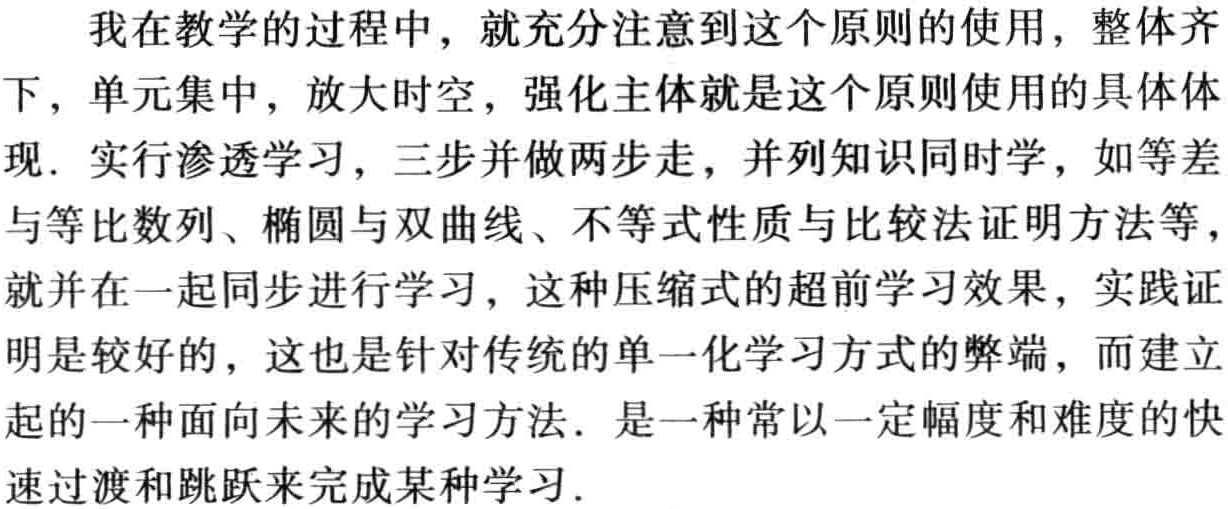
我在教学的过程中，就充分注意到这个原则的使用，整体齐下，单元集中，放大时空，强化主体就是这个原则使用的具体体现．实行渗透学习，三步并做两步走，并列知识同时学，如等差与等比数列、椭圆与双曲线、不等式性质与比较法证明方法等，就并在一起同步进行学习，这种压缩式的超前学习效果，实践证明是较好的，这也是针对传统的单一化学习方式的弊端，而建立起的一种面向未来的学习方法．是一种常以一定幅度和难度的快速过渡和跳跃来完成某种学习．